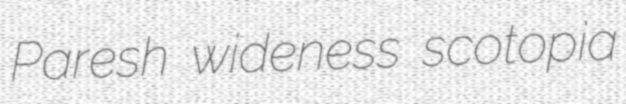
Paresh wideness scotopia